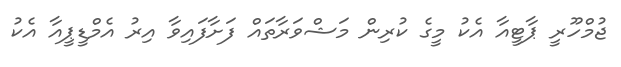
ޖުމްހޫރީ ޕާޓީއާ އެކު މީގެ ކުރިން މަޝްވަރާތައް ފަށާފައިވާ އިރު އެމްޑީޕީއާ އެކު